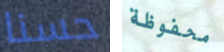
حسنا محفوظة